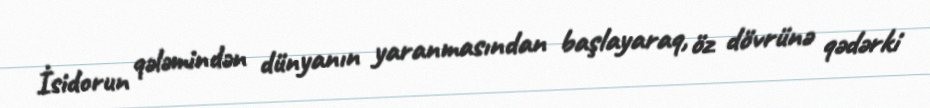
İsidorun qələmindən dünyanın yaranmasından başlayaraq, öz dövrünə qədərki